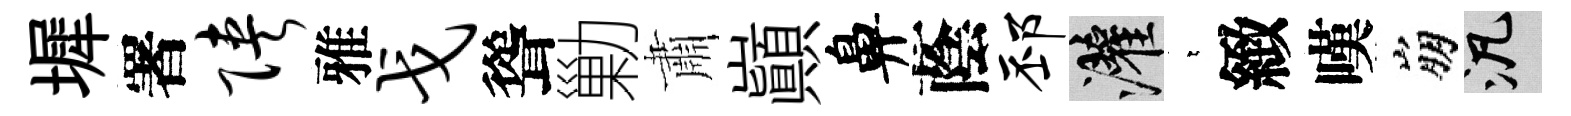
墀署陕雅戈聳勦肅巔鼻蔭邳灌萋緻嘆崩泛